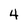
Character: 4